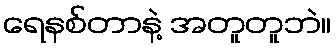
ရေနစ်တာနဲ့ အတူတူဘဲ။